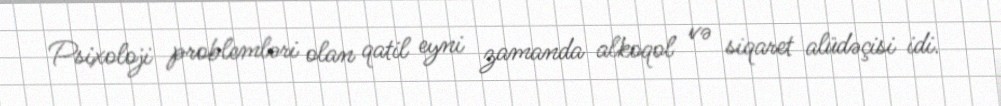
Psixoloji problemləri olan qatil eyni zamanda alkoqol və siqaret alüdəçisi idi.